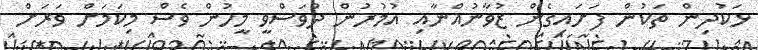
ޅަކުދިން ތަކުން ފަށައިގެން ޒުވާނުއްނާއި އުމުރުން ދުވަސްވީ މީހުން ވެސް މިކަމަށް ވަރަށް